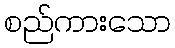
စည်ကားသော